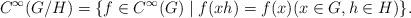
LaTeX: \begin{align*} C^\infty(G/H) = \{f\in C^\infty(G) \mid f(xh) = f(x)(x\in G, h\in H)\}.\end{align*}